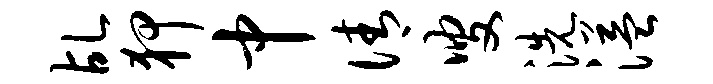
乩狎中倩叟洗溢